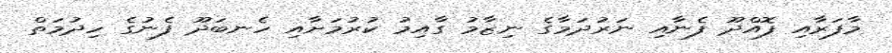
މާފަރާއި ފޮއްދޫ ފެނާއި ނަރުދަމާގެ ނިޒާމު ގާއިމު ކުރުމަށާއި ހެނބަދޫ ފެނުގެ ހިދުމަތް